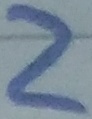
Text: 2